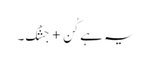
یہ ہے کُن + جِشْک۔